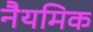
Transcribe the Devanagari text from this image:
नैयमिक